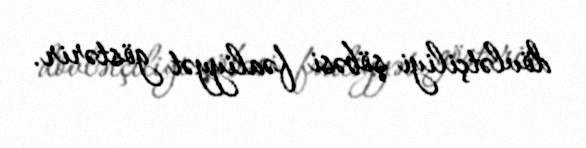
dövlətçiliyi şöbəsi fəaliyyət göstərir.